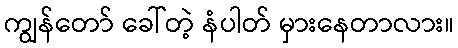
ကျွန်တော် ခေါ်တဲ့ နံပါတ် မှားနေတာလား။